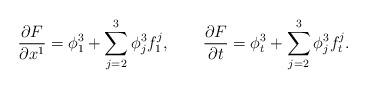
LaTeX: \begin{align*}\frac{\partial F}{\partial x^1}=\phi _1^3+\sum_{j=2}^3\phi_j^3f_1^j,\quad \quad \frac{\partial F}{\partial t}=\phi_t^3+\sum_{j=2}^3\phi _j^3f_t^j.\end{align*}